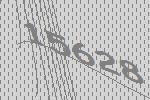
15628